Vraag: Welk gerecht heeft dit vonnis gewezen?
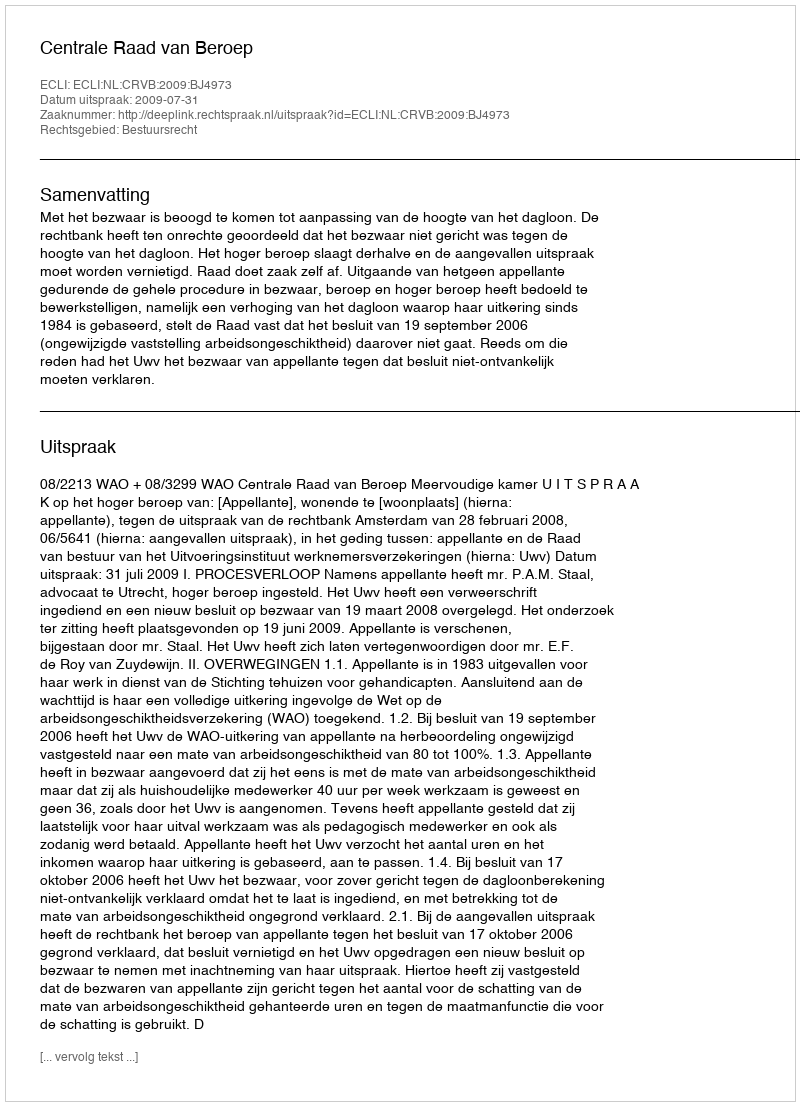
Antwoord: Centrale Raad van Beroep